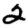
Digit: 2